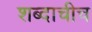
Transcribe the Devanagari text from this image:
शब्दाचीच